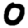
Digit: 0